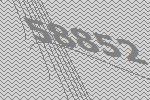
58852